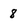
Character: 8